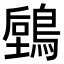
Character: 𪃫